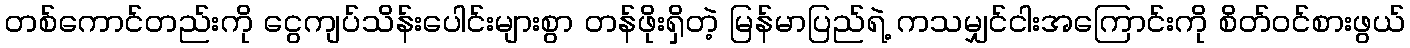
တစ်ကောင်တည်းကို ငွေကျပ်သိန်းပေါင်းများစွာ တန်ဖိုးရှိတဲ့ မြန်မာပြည်ရဲ့ ကသမျှင်ငါးအကြောင်းကို စိတ်ဝင်စားဖွယ်